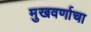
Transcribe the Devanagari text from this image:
मुखवर्णाचा